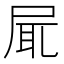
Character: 𡱷